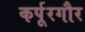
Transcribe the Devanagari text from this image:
कर्पूरगौर